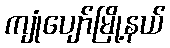
ကျုံပျော်မြို့နယ်